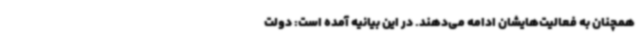
همچنان به فعالیت‌هایشان ادامه می‌دهند. در این بیانیه آمده است: دولت